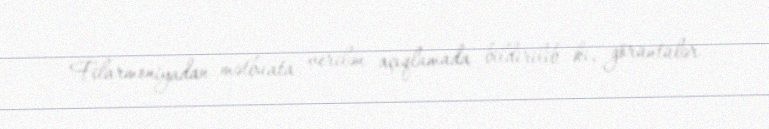
Filarmoniyadan mətbuata verilən açıqlamada bildirilib ki, görüntülər